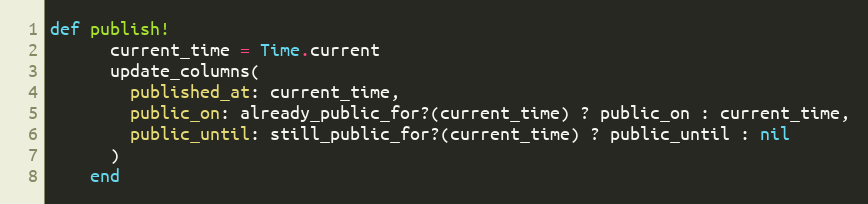
Language: Ruby
def publish!
      current_time = Time.current
      update_columns(
        published_at: current_time,
        public_on: already_public_for?(current_time) ? public_on : current_time,
        public_until: still_public_for?(current_time) ? public_until : nil
      )
    end